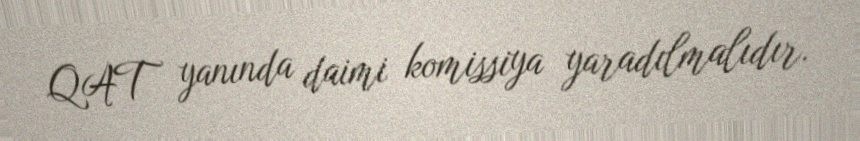
QAT yanında daimi komissiya yaradılmalıdır.